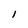
Character: l